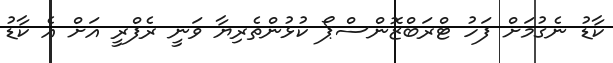
ކާޑު ނެގުމަށް ފަހު ޓްރަބްޒޮންސްޕޯ ކުޅުންތެރިޔާ ވަނީ ރެފްރީ އަށް އެ ކާޑު